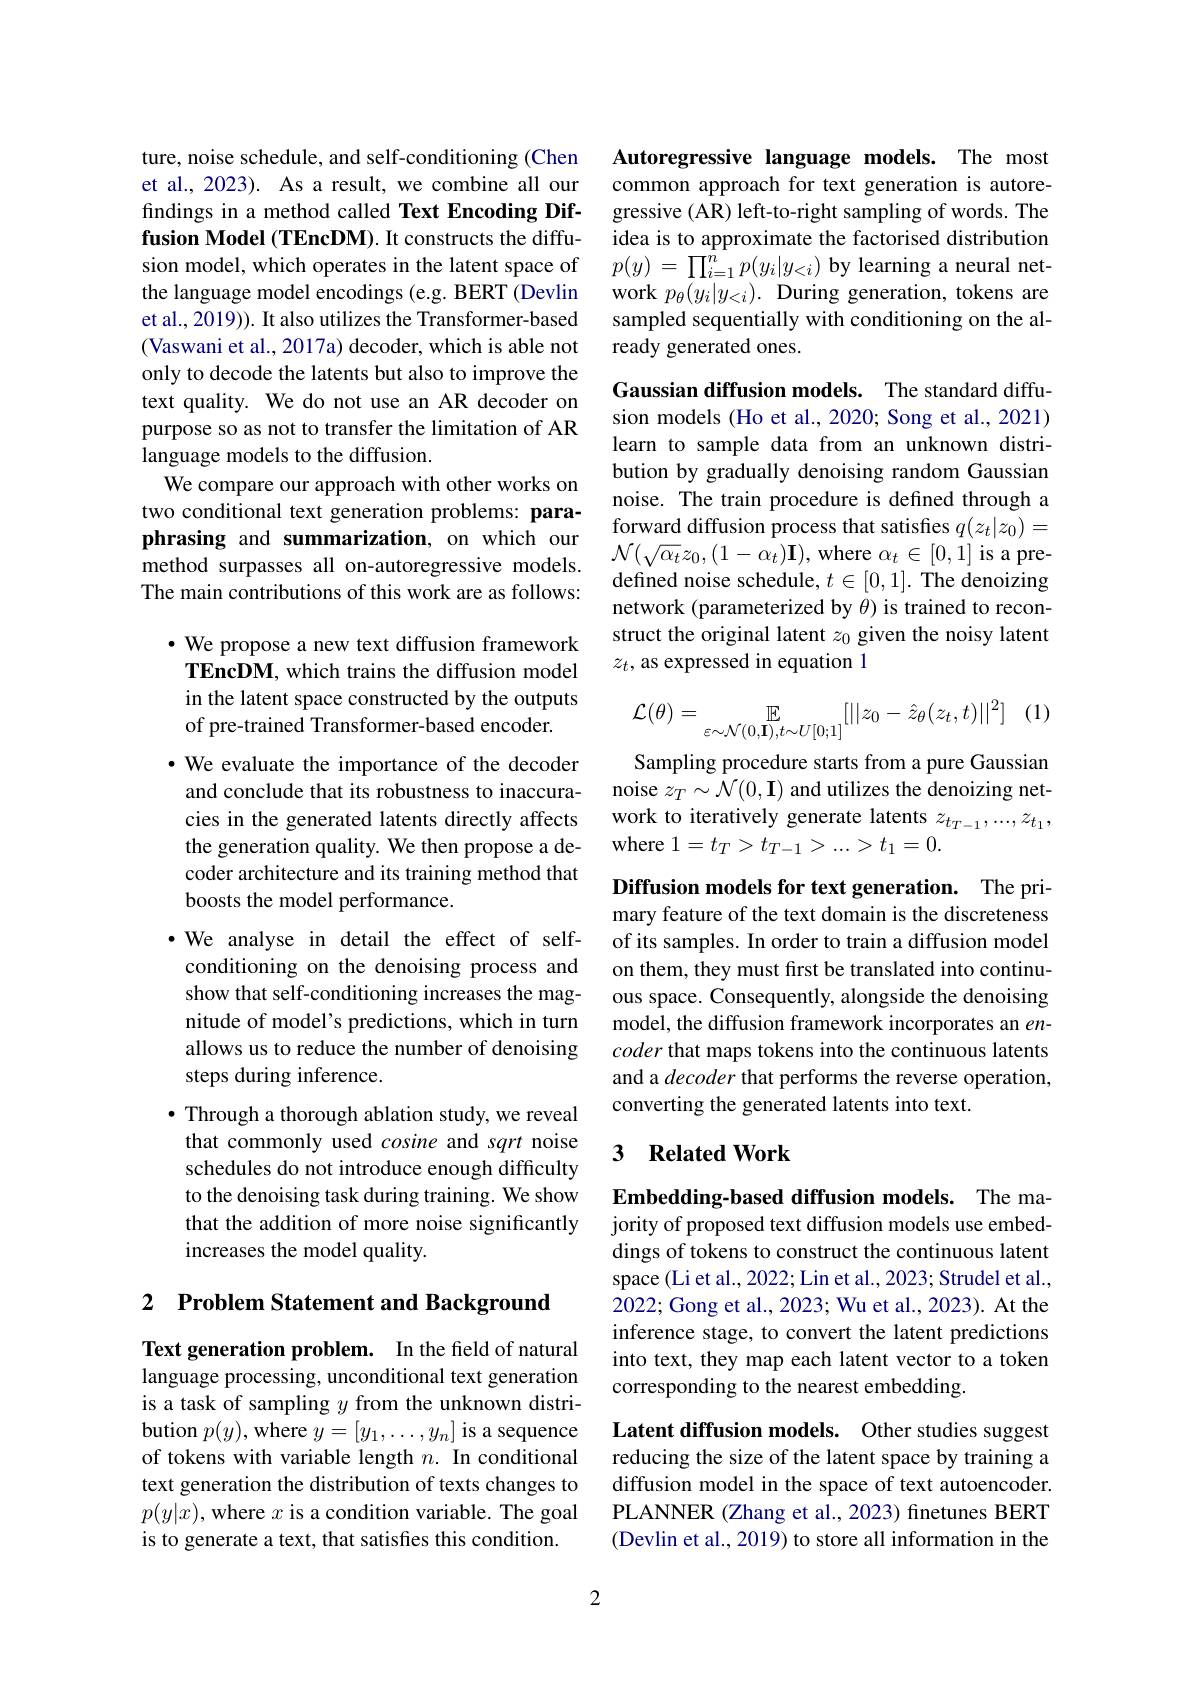
ture, noise schedule, and self-conditioning (Chen et al., 2023). As a result, we combine all our findings in a method called Text Encoding Diffusion Model (TEncDM). It constructs the diffusion model, which operates in the latent space of the language model encodings (e.g. BERT (Devlin et al., 2019)). It also utilizes the Transformer-based (Vaswani et al., 2017a) decoder, which is able not only to decode the latents but also to improve the text quality. We do not use an AR decoder on purpose so as not to transfer the limitation of AR language models to the diffusion.
We compare our approach with other works on two conditional text generation problems: paraphrasing and summarization, on which our method surpasses all on-autoregressive models The main contributions of this work are as follows:

$\cdot$ We propose a new text diffusion framework TEncDM, which trains the diffusion model in the latent space constructed by the outputs of pre-trained Transformer-based encoder.
$•$ We evaluate the importance of the decoder and conclude that its robustness to inaccuracies in the generated latents directly affects the generation quality. We then propose a decoder architecture and its training method that boosts the model performance.
$\bullet$ We analyse in detail the effect of selfconditioning on the denoising process and show that self-conditioning increases the magnitude of model's predictions, which in turn allows us to reduce the number of denoising steps during inference.
$\bullet$ Through a thorough ablation study, we reveal that commonly used cosine and sqrt noise schedules do not introduce enough difficulty to the denoising task during training. We show that the addition of more noise significantly increases the model quality.

2 $\textbf{Problem Statement and Background}$

Text generation problem. In the field of natural language processing, unconditional text generation is a task of sampling $y$ from the unknown distribution $p(y)$, where $y=[y_1,\ldots,y_n]$ is a sequence of tokens with variable length $n.$ In conditional text generation the distribution of texts changes to $p(y|x)$,where $x$ is a condition variable. The goal is to generate a text, that satisfies this condition.

2

Autoregressive language models. The most common approach for text generation is autoregressive (AR) left-to-right sampling of words. The idea is to approximate the factorised distribution $p(y)=\prod_{i=1}^{n}p(y_{i}|y_{<i})$ by learning a neural network $p_\theta(y_i|y_{<i}).$ During generation, tokens are sampled sequentially with conditioning on the already generated ones.

Gaussian diffusion models. The standard diffusion models (Ho et al., 2020; Song et al., 2021) learn to sample data from an unknown distribution by gradually denoising random Gaussian noise. The train procedure is defined through a forward diffusion process that satisfies $q(z_t|z_0)=$ $\mathcal{N}(\sqrt{\alpha_{t}}z_{0},(1-\bar{\alpha_{t}})\mathbf{I})$,where $\alpha_t\in[0,1]$ is a predefined noise schedule, $t\in[0,1].$ The denoizing network (parameterized by $\theta$) is trained to reconstruct the original latent $z_0$ given the noisy latent $z_t$, as expressed in equation 1
$$\mathcal{L}(\theta)=\underset{\varepsilon\sim\mathcal{N}(0,\mathbf{I}),t\sim U[0;1]}{\mathbb{E}}[||z_0-\hat{z}_\theta(z_t,t)||^2]$$
(1

Sampling procedure starts from a pure Gaussian noise $z_T\sim\mathcal{N}(0,\mathbf{I})$ and utilizes the denoizing network to iteratively generate latents $z_t_{T-1},...,z_{t_1}$, where $1=t_T>t_{T-1}>...>t_1=0.$

Diffusion models for text generation. The primary feature of the text domain is the discreteness of its samples. In order to train a diffusion model on them, they must first be translated into continuous space. Consequently, alongside the denoising model, the diffusion framework incorporates an $en-$ coder that maps tokens into the continuous latents and a decoder that performs the reverse operation, converting the generated latents into text.

# 3 Related Work

Embedding-based diffusion models. The majority of proposed text diffusion models use embeddings of tokens to construct the continuous latent space (Li et al., 2022; Lin et al., 2023; Strudel et al., 2022; Gong et al., 2023; Wu et al., 2023). At the inference stage, to convert the latent predictions into text, they map each latent vector to a token corresponding to the nearest embedding.

Latent diffusion models. Other studies suggest reducing the size of the latent space by training a diffusion model in the space of text autoencoder. PLANNER (Zhang et al., 2023) finetunes BERT (Devlin et al., 2019) to store all information in the